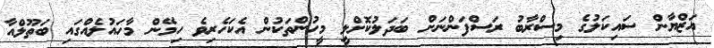
އަޒްޔާން ސައިކަލުގެ މިސްރާބު ރަސްފަންނަށް ބަދަލުކޮށްލީ މީހުންތަކުން އެކަހެރިވެ ހިމޭން މާހައުލެއްގައި ބަތޫލްއާ